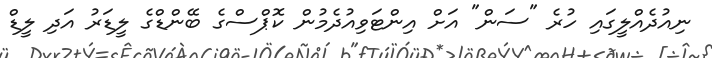
ނިއުދެއްލީގައި ހުރެ "ސަން" އަށް އިންޓަވިއުދެމުން ކޮޕްސްގެ ބޭންޑްގެ ލީޑަރު އަދި ލީޑް